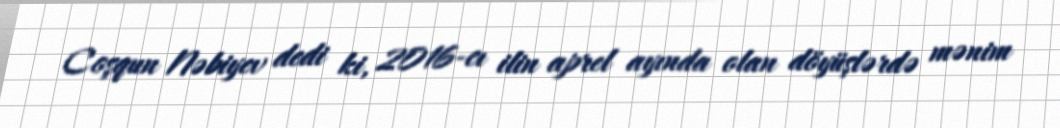
Coşqun Nəbiyev dedi ki, 2016-cı ilin aprel ayında olan döyüşlərdə mənim